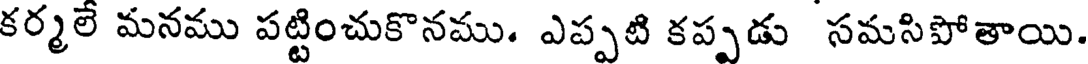
కర్మలే మనము పట్టించుకొనము. ఎప్పటి కప్పడు సమసిపోతాయి.